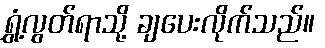
ရွှံ့လွတ်ရာသို့ ချပေးလိုက်သည်။